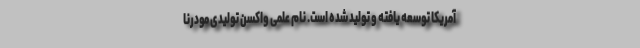
آمریکا توسعه یافته و تولید شده است. نام علمی واکسن تولیدی مودرنا